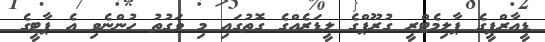
ޑީއާރްޕީގެ ޕާލިމެޓްރީ ގުރޫޕްގެ ލީޑަރެއްގެ ގޮތުގައި މި ވަގުތު ހުންނެވި އެ ޕާޓީގެ